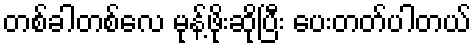
တစ်ခါတစ်လေ မုန့်ဖိုးဆိုပြီး ပေးတတ်ပါတယ်